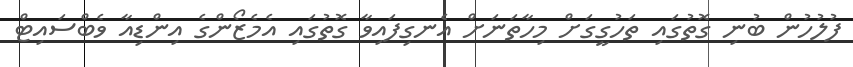
ފުލުހުން ބުނި ގޮތުގައި ތަހުގީގަށް މިހާތަނަށް އެނގިފައިވާ ގޮތުގައި އެމެޒޯންގެ އިންޑިއާ ވެބްސައިޓް